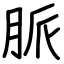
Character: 脈